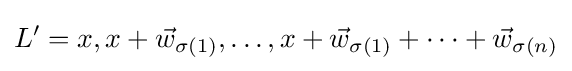
L'=x,x+{\vec {w}}_{\sigma (1)},\ldots ,x+{\vec {w}}_{\sigma (1)}+\cdots +{\vec {w}}_{\sigma (n)}